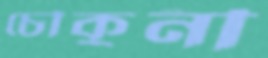
চৌকুনী